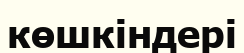
көшкіндері